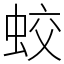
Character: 蛟